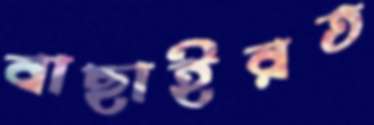
বাছাইরত